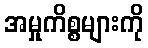
အမှုကိစ္စများကို